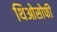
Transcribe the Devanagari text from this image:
थिओसोफी